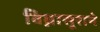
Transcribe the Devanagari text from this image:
विघ्नासूराने